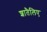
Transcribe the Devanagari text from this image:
शातैलिए